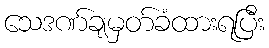
သေဒဏ်ချမှတ်ခံထားရပြီး